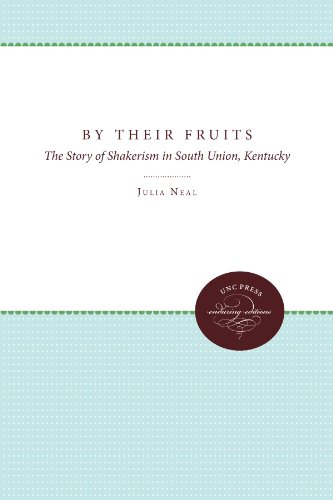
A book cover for By Their Fruits: The Story of Shakerism in South Union, Kentucky; Julia Neal; Christian Books & Bibles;